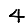
Digit: 4